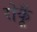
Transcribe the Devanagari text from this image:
रोकूँ